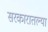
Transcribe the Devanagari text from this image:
सरकारातल्या